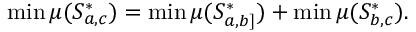
\operatorname* { m i n } \mu ( S _ { a , c } ^ { * } ) = \operatorname* { m i n } \mu ( S _ { a , b ] } ^ { * } ) + \operatorname* { m i n } \mu ( S _ { b , c } ^ { * } ) .